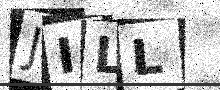
Text: JILL